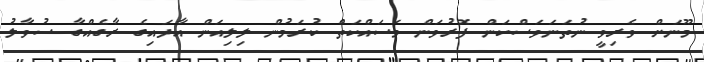
މޫނަށް ވެރިވީ ނުތަނަވަސްކަން ފޮރުވަން މަސައްކަތް ކުރަމުން ލިލިއަން އާދައިގެ ރާގެއްގާ ސުވާލު